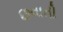
છવાતી